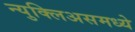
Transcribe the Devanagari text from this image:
न्युक्लिअसमध्ये